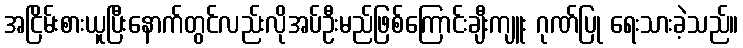
အငြိမ်းစားယူပြီးနောက်တွင်လည်းလိုအပ်ဦးမည်ဖြစ်ကြောင်းချီးကျူး ဂုဏ်ပြု ရေးသားခဲ့သည်။